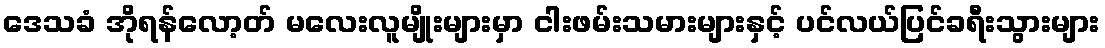
ဒေသခံ အိုရန်လော့တ် မလေးလူမျိုးများမှာ ငါးဖမ်းသမားများနှင့် ပင်လယ်ပြင်ခရီးသွားများ